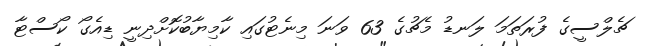
ޗެލްސީގެ ފުރަތަމަ ލަނޑު މެޗުގެ 63 ވަނަ މިނެޓުގައި ކާމިޔާބުކޮށްދިނީ ޑިއެގޯ ކޯސްޓާ